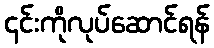
၎င်းကိုလုပ်ဆောင်ရန်